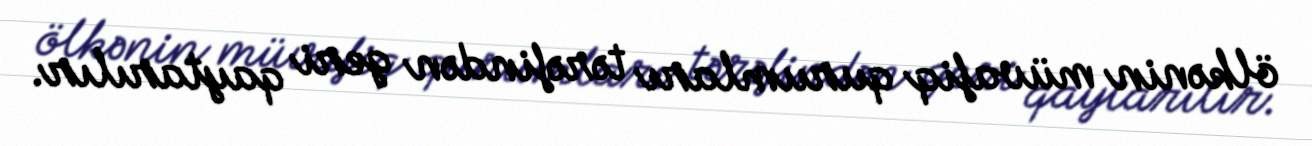
ölkənin müvafiq qurumları tərəfindən geri qaytarılır.